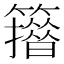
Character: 𥶪